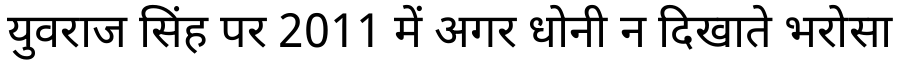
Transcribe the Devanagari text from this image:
युवराज सिंह पर 2011 में अगर धोनी न दिखाते भरोसा